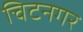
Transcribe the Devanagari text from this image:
चिटनगर